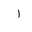
Letter: _alif